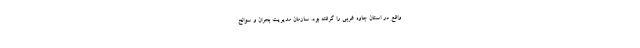
واقع در استان جاوه غربی را گرفته بود. سازمان مدیریت بحران و سوانح